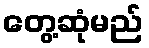
တွေ့ဆုံမည်